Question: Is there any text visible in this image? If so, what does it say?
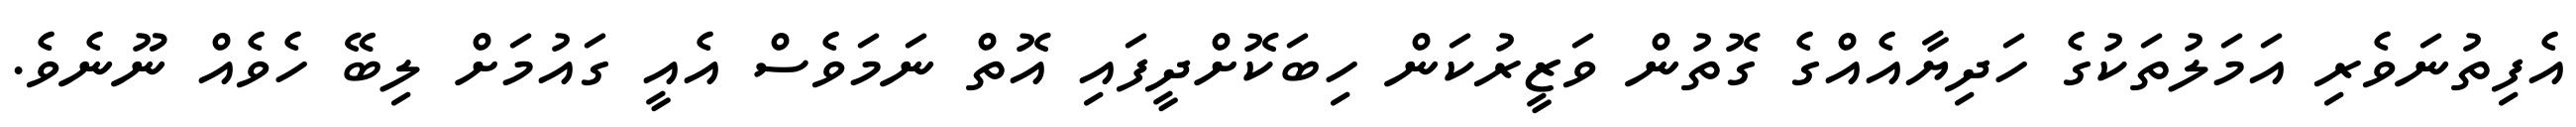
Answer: އެފިތުނަވެރި އަމަލުތަކުގެ ހަދިޔާއެއްގެ ގޮތުން ވަޒީރުކަން ހިބަކޮށްދީފައި އޮތް ނަމަވެސް އެއީ ގައުމަށް ލިބޭ ހެވެއް ނޫނެވެ.